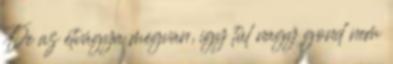
De az étvágya megvan, így túl nagy gond nem